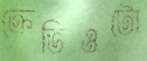
ক্রেভিওটো